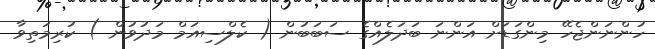
ހުންނަންޖެހޭ މިންގަޑަށް އަންނަ ބަދަލެއްގެ ސަބަބުން ( ކެލްސިއަމް މަދުވުން ) ކުރިމަތިވާ